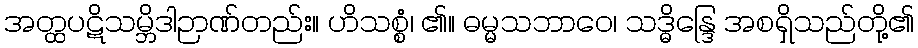
အတ္ထပဋိသမ္ဘိဒါဉာဏ်တည်း။ ဟိသစ္စံ၊ ၏။ ဓမ္မသဘာဝေ၊ သဒ္ဓိန္ဒြေ အစရှိသည်တို့၏